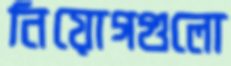
নিয়োগগুলো